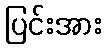
ပြင်းအား